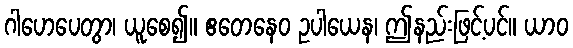
ဂါဟေပေတွာ၊ ယူစေ၍။ ဧတေနေဝ ဥပါယေန၊ ဤနည်းဖြင့်ပင်။ ယာဝ